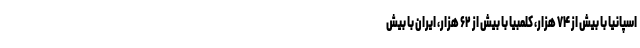
اسپانیا با بیش از ۷۴ هزار، کلمبیا با بیش از ۶۲ هزار، ایران با بیش